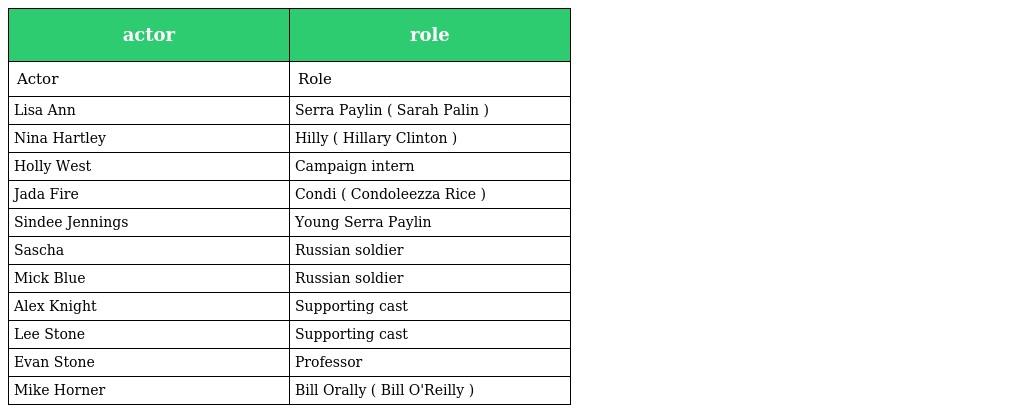
| actor | role |
 | --- | --- |
 | Actor | Role |
 | Lisa Ann | Serra Paylin ( Sarah Palin ) |
 | Nina Hartley | Hilly ( Hillary Clinton ) |
 | Holly West | Campaign intern |
 | Jada Fire | Condi ( Condoleezza Rice ) |
 | Sindee Jennings | Young Serra Paylin |
 | Sascha | Russian soldier |
 | Mick Blue | Russian soldier |
 | Alex Knight | Supporting cast |
 | Lee Stone | Supporting cast |
 | Evan Stone | Professor |
 | Mike Horner | Bill Orally ( Bill O'Reilly ) |